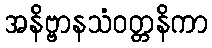
အနိဗ္ဗာနသံဝတ္တနိကာ